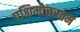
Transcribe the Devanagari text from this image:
पश्चिमोत्तरतम